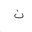
Letter: _non